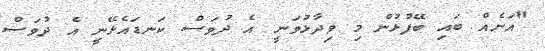
"އަނެއް ބައި ބޭފުޅުން މި ވިދާޅުވަނީ އެ ދުވަސް ކަނޑައެޅޭނީ އެ ދުވަސް